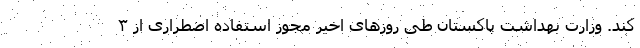
کند. وزارت بهداشت پاکستان طی روزهای اخیر مجوز استفاده اضطراری از ۳